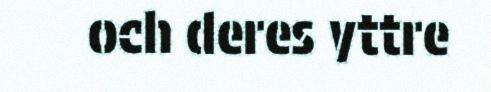
och deres yttre